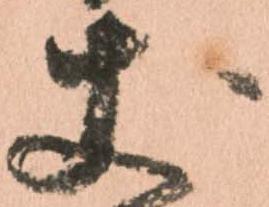
丈